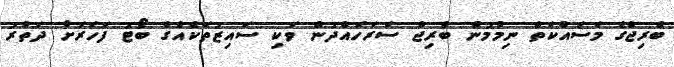
ބްރިޖްގެ މަސައްކަތް ނިމުމުން ބްރިޖް ސަރަހައްދުން ވަކި ސައިޒުތަކެއްގެ ބޯޓު ފަހަރަށް ދަތުރު